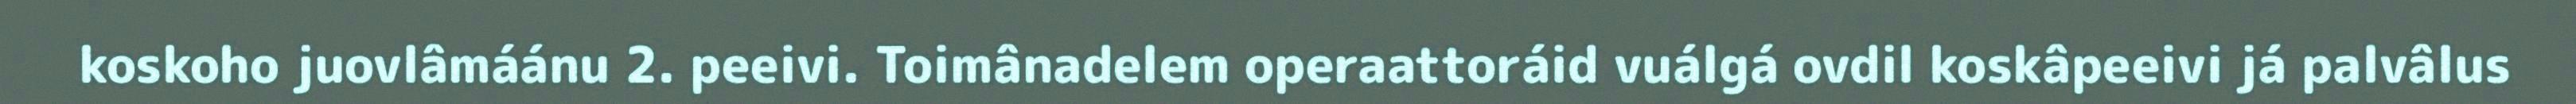
koskoho juovlâmáánu 2. peeivi. Toimânadelem operaattoráid vuálgá ovdil koskâpeeivi já palvâlus